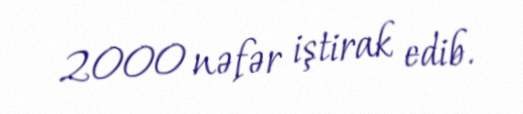
2000 nəfər iştirak edib.